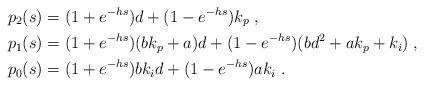
LaTeX: \begin{align*} p_2(s) &= (1+e^{-hs})d + (1-e^{-hs})k_{p} \;, \\ p_1(s) &= (1+e^{-hs})(bk_p+a)d + (1-e^{-hs})(bd^2+ak_p+k_i) \;, \\ p_0(s) &= (1+e^{-hs})bk_i d + (1-e^{-hs}) a k_i \;.\end{align*}